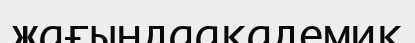
жағындаакадемик